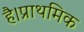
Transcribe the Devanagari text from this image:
है।प्राथमिक